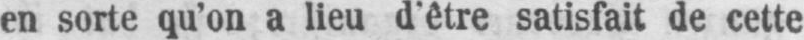
en sorte qu’on a lieu d’être satisfait de cette